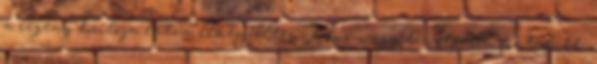
a regény borítója látva elképzeltem, hanem egy lényegesen fiatalabb,